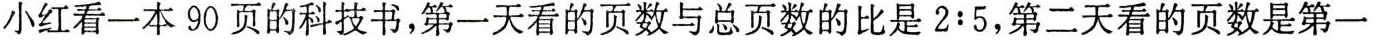
小红看一本90页的科技书，第一天看的页数与总页数的比是$$2 : 5$$，第二天看的页数是第一